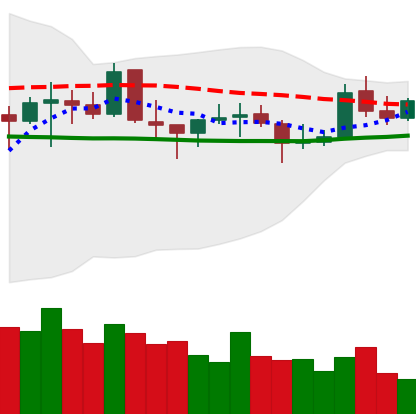
Ticker: EOS-USD
Chart end date: 2021-10-23
Forward return: -7.129%
Label: down_7plus